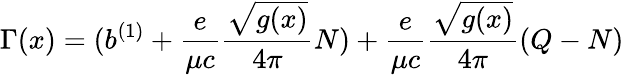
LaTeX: \Gamma(x)=(b^{(1)}+{\frac{e}{\mu c}}{\frac{\sqrt{g(x)}}{4\pi}}N)+{\frac{e}{\mu c}}{\frac{\sqrt{g(x)}}{4\pi}}(Q-N)